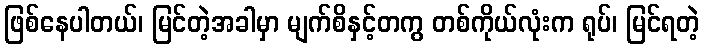
ဖြစ်နေပါတယ်၊ မြင်တဲ့အခါမှာ မျက်စိနှင့်တကွ တစ်ကိုယ်လုံးက ရုပ်၊ မြင်ရတဲ့